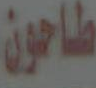
طاحون